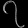
Digit: ၇